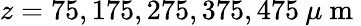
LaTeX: z=75,175,275,375,475\: \mu\mathrm{~m~}